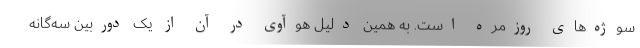
سوژه‌های روزمره است. به همین دلیل هوآوی در آن از یک دوربین سه‌گانه